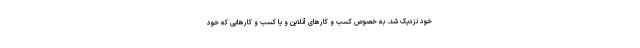
خود نزدیک شد. به خصوص کسب و کارهای آنلاین و یا کسب و کارهایی که خود